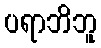
ပရာဘိဘူ